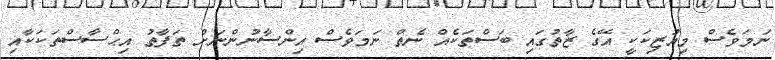
ނަމަވެސް މިއުޒިކަކީ އޭގެ ޒާތުގައި ބަސްތަކެއް ނެތް ނަމަވެސް އިންސާނުންނަށް ތަފާތު އިޙްސާސްތަކަކާއި